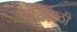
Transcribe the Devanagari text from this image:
फौजेसाठी